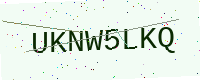
Text: UKNW5LKQ